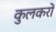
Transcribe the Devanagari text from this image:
कुलकरों